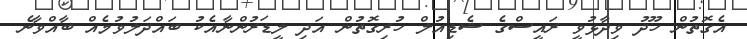
އެގޮތުން ހޫދު ވިދާޅުވީ ރައީސްގެ ޝެޑިއުލް ހުރިގޮތުން އަދި ލީޑަރުންނާއެކު ބައްދަލުވުމެއް ބާއްވާނެ